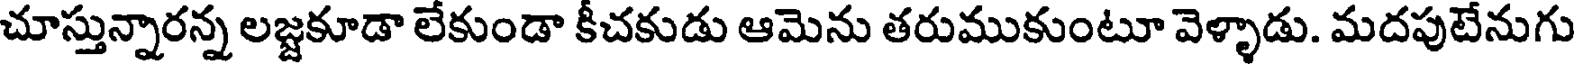
చూస్తున్నారన్న లజ్జకూడా లేకుండా కీచకుడు ఆమెను తరుముకుంటూ వెళ్ళాడు. మదపుటేనుగు